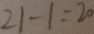
2 1 - 1 = 2 0